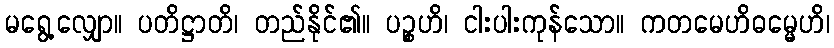
မရွေ့လျှော။ ပတိဋ္ဌာတိ၊ တည်နိုင်၏။ ပဉ္စဟိ၊ ငါးပါးကုန်သော။ ကတမေဟိဓမ္မေဟိ၊